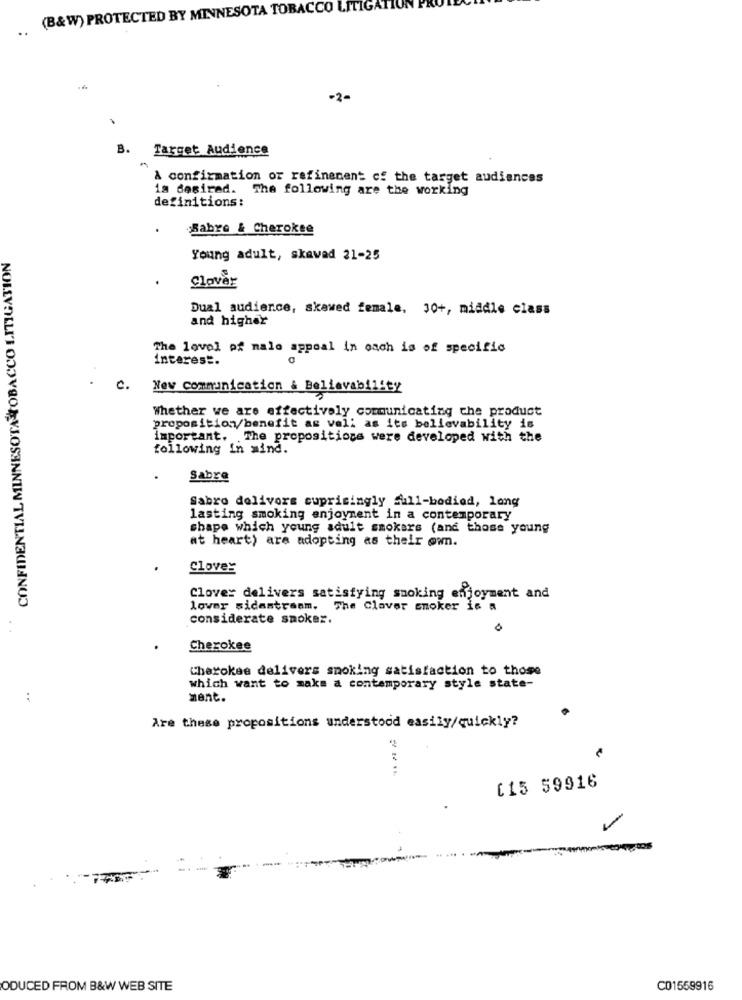
(B&W) PROTECTED BY MINNESOTA TOBACCO LITIGATION PR
..
-2-
B.
Target Audience
A confirmation of refinement of the target audiences
is desired. The following are the working
definitions:
Sabre & Cherokee
CONFIDENTIAL MINNESOTA TOBACCO LITIGATION
Young adult, skavad 21-25
Clover
Dual audience, skawed female, 30+, middle class
and higher
The level of nale appeal in each is of specific
interest.
C. New Communication & Believability
Whether we are effectively communicating che product
proposition/benefit as vell as its bellevability is
important. The propositions were developed with the
following in mind.
Sabre
Sabro delivore cuprisingly full-bodied, long
lasting smoking enjoyment in a contemporary
shape which young adult smokers (and those young
at heart) are adopting as their own.
Clover
Clover delivers satisfying smoking enjoyment and
lower sidastream. The Claver smoker is a
considerate smoker.
Cherokee
Cherokee delivers smoking satisfaction to those
which want to make a contemporary style state-
mant.
Are these propositions understood easily/quickly?
C15 59916
ODUCED FROM B&W WEB SITE
C01559916